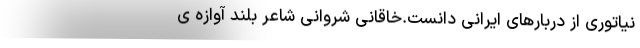
نیاتوری از دربارهای ایرانی دانست.خاقانی شروانی شاعر بلند آوازه ی